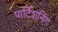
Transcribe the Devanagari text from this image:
पार्टिशनिंग